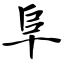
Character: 阜